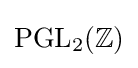
\operatorname {PGL} _{2}(\mathbb {Z} )